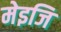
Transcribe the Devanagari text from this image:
मेइजि